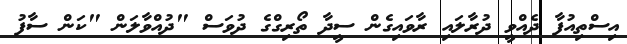
އިސްތިއުފާ ދެއްވީ ދުރާލައި ރާވައިގެން ސީދާ ތޯރިގްގެ ދުވަސް "ދުއްވާލަން "ކަން ސާފު